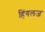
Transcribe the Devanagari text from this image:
हिंगलज